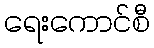
ရေးကောင်စီ